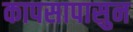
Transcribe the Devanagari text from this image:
कापसापासुन